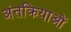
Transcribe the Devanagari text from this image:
अंतक्रियाओं